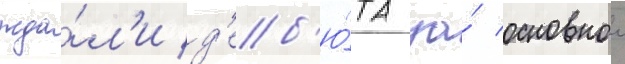
жда́л'и д'еб'ю́та за́ основнои